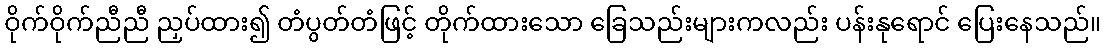
ဝိုက်ဝိုက်ညီညီ ညှပ်ထား၍ တံပွတ်တံဖြင့် တိုက်ထားသော ခြေသည်းများကလည်း ပန်းနုရောင် ပြေးနေသည်။